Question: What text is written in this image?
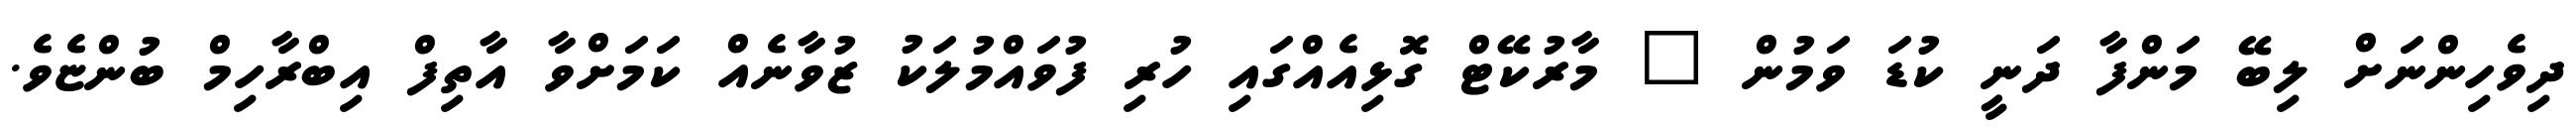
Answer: ދިވެހިންނަށް ލިބޭ މަންފާ ދަނީ ކުޑަ ވަމުން " މާރުކޭޓް ގޮޅިއެއްގައި ހުރި ފުވައްމުލަކު ޒުވާނެއް ކަމަށްވާ އާތިފް އިބްރާހިމް ބުންޏެވެ.